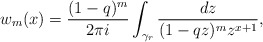
\begin{align*}w_m(x)=\frac{(1-q)^m}{2\pi i}\int_{\gamma_r}\frac{dz}{(1-qz)^mz^{x+1}},\end{align*}